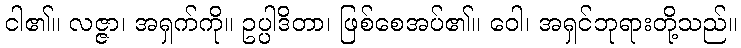
ငါ၏။ လဇ္ဇာ၊ အရှက်ကို။ ဥပ္ပါဒိတာ၊ ဖြစ်စေအပ်၏။ ဝေါ၊ အရှင်ဘုရားတို့သည်။